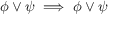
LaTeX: \phi \lor \psi \implies \phi \lor \psi